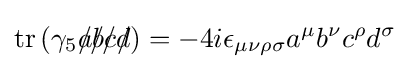
\operatorname {tr} \left(\gamma _{5}{a\!\!\!/}{b\!\!\!/}{c\!\!\!/}{d\!\!\!/}\right)=-4i\epsilon _{\mu \nu \rho \sigma }a^{\mu }b^{\nu }c^{\rho }d^{\sigma }